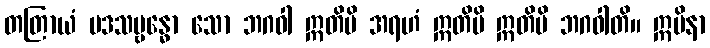
တတြာယံ ပဒသမ္ဗန္ဓော သော ဘဂဝါ ဣတိပိ အရဟံ ဣတိပိ ဣတိပိ ဘဂဝါတိ။ ဣမိနာ